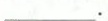
___.